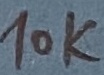
Text: 10K